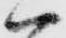
ハ